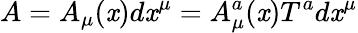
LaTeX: A=A_{\mu}(\mathit{x})d\mathit{x}^{\mu}=A_{\mu}^{a}(\mathit{x})T^{a}d\mathit{x}^{\mu}